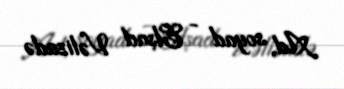
Ad, soyad - Elşad Vəlizadə